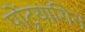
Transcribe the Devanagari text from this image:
पोंट्रयागिन